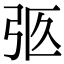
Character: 𢏉